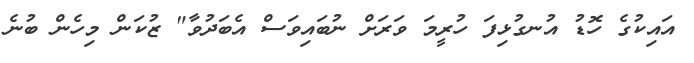
އައިކުގެ ހޮޑު އުނގުޅިފަ ހުރީމަ ވަރަށް ނުބައިވަސް އެބަދުވާ" ޒުކަން މިހެން ބުނެ